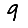
Digit: 9